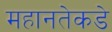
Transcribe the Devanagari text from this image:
महानतेकडे